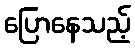
ပြောနေသည့်